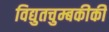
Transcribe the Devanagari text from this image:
विद्युतचुम्बकीकी